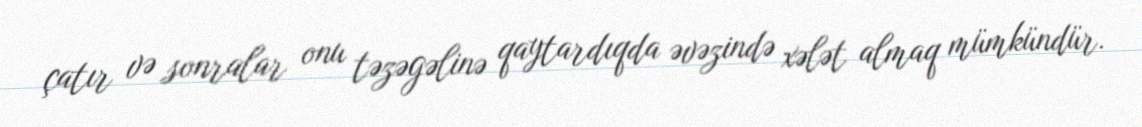
çatır və sonralar onu təzəgəlinə qaytardıqda əvəzində xələt almaq mümkündür.